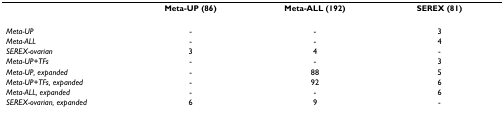
<table><thead><tr><td></td><td><b>Meta-UP (86)</b></td><td><b>Meta-ALL (192)</b></td><td><b>SEREX (81)</b></td></tr></thead><tbody><tr><td><i>Meta-UP</i></td><td>-</td><td>-</td><td>3</td></tr><tr><td><i>Meta-ALL</i></td><td>-</td><td>-</td><td>4</td></tr><tr><td><i>SEREX-ovarian</i></td><td>3</td><td>4</td><td>-</td></tr><tr><td><i>Meta-UP+TFs</i></td><td>-</td><td>-</td><td>3</td></tr><tr><td><i>Meta-UP, expanded</i></td><td>-</td><td>88</td><td>5</td></tr><tr><td><i>Meta-UP+TFs, expanded</i></td><td>-</td><td>92</td><td>6</td></tr><tr><td><i>Meta-ALL, expanded</i></td><td>-</td><td>-</td><td>6</td></tr><tr><td><i>SEREX-ovarian, expanded</i></td><td>6</td><td>9</td><td>-</td></tr></tbody></table>